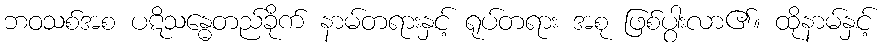
ဘဝသစ်အစ ပဋိသန္ဓေတည်ခိုက် နာမ်တရားနှင့် ရုပ်တရား အစု ဖြစ်ပွါးလာ၏။ ထိုနာမ်နှင့်